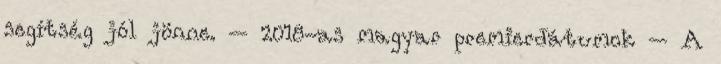
segítség jól jönne. – 2018-as magyar premierdátumok – A